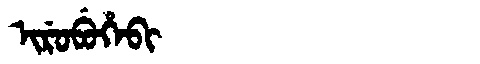
Manchu: ᡳᡵᡠᠪᡠᡥᡝᠪᡳ
Romanization: IRUBUHEBI